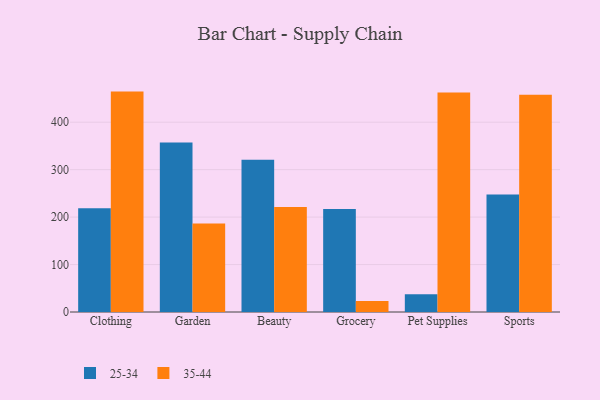
{"axis": {"x": "Category", "y": "Temperature (°C)"}, "legend": ["25-34", "35-44"], "data": [{"x": "Clothing", "y": 218.7, "type": "25-34"}, {"x": "Clothing", "y": 464.5, "type": "35-44"}, {"x": "Garden", "y": 357.4, "type": "25-34"}, {"x": "Garden", "y": 186.4, "type": "35-44"}, {"x": "Beauty", "y": 320.9, "type": "25-34"}, {"x": "Beauty", "y": 221.4, "type": "35-44"}, {"x": "Grocery", "y": 217.2, "type": "25-34"}, {"x": "Grocery", "y": 23.0, "type": "35-44"}, {"x": "Pet Supplies", "y": 37.2, "type": "25-34"}, {"x": "Pet Supplies", "y": 462.7, "type": "35-44"}, {"x": "Sports", "y": 247.6, "type": "25-34"}, {"x": "Sports", "y": 457.8, "type": "35-44"}]}